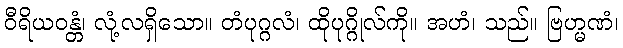
ဝီရိယဝန္တံ၊ လုံ့လရှိသော။ တံပုဂ္ဂလံ၊ ထိုပုဂ္ဂိုလ်ကို။ အဟံ၊ သည်။ ဗြဟ္မဏံ၊